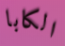
الكابا